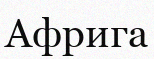
Африга